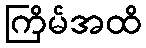
ကြိမ်အထိ